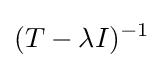
(T-\lambda I)^{-1}